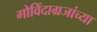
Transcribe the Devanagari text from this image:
गोविंदाग्रजांच्या